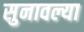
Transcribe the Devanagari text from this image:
सुनावल्या